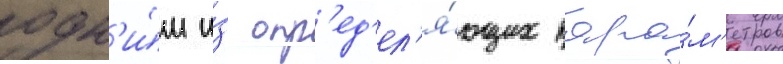
одн'и́м и́з опр'ед'ел'я́ющих пара́м'етров